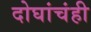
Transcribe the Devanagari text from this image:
दोघांचंही